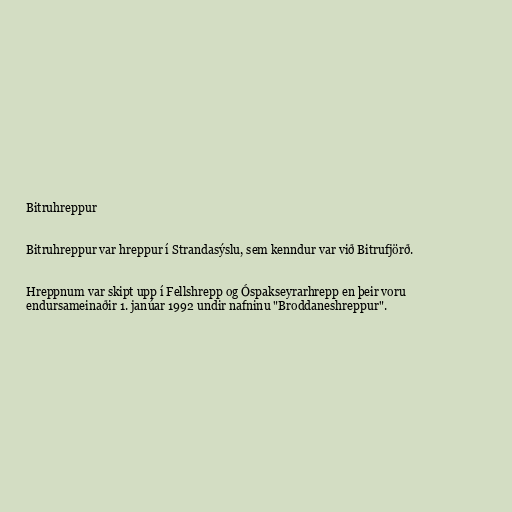
Bitruhreppur

Bitruhreppur var hreppur í Strandasýslu, sem kenndur var við Bitrufjörð.

Hreppnum var skipt upp í Fellshrepp og Óspakseyrarhrepp en þeir voru
endursameinaðir 1. janúar 1992 undir nafninu "Broddaneshreppur".